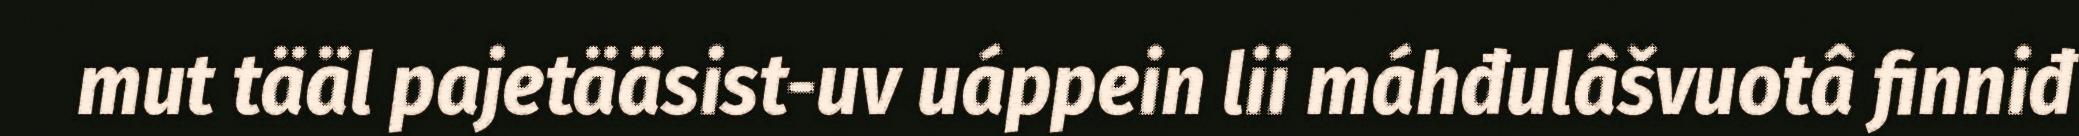
mut tääl pajetääsist-uv uáppein lii máhđulâšvuotâ finniđ